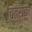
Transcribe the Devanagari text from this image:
चित्रोंको